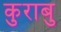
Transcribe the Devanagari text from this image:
कुराबु